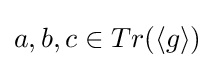
a,b,c\in Tr(\langle g\rangle )